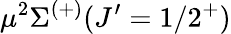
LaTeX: \mu^{2}\Sigma^{(+)}(J^{\prime}=1/2^{+})